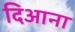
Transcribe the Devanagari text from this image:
दिआना